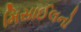
મિસાઈલનો